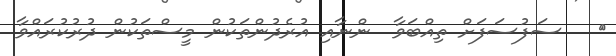
٣   ސަފުސަފަށް ތިއްބަވާ  ންނާއި އުރެދުންތަކުން މީސްތަކުން ދުރުކުރައްވާ